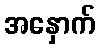
အနှောက်